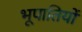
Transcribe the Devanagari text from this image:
भूपातियों